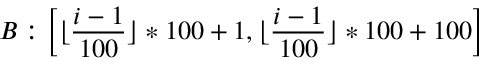
B : \left[ \lfloor \frac { i - 1 } { 1 0 0 } \rfloor * 1 0 0 + 1 , \lfloor \frac { i - 1 } { 1 0 0 } \rfloor * 1 0 0 + 1 0 0 \right]